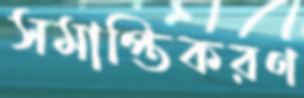
সমাপ্তিকরণ